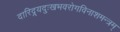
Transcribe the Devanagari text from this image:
दारिद्र्यदुःखभवरोगविनाशमन्त्रम्